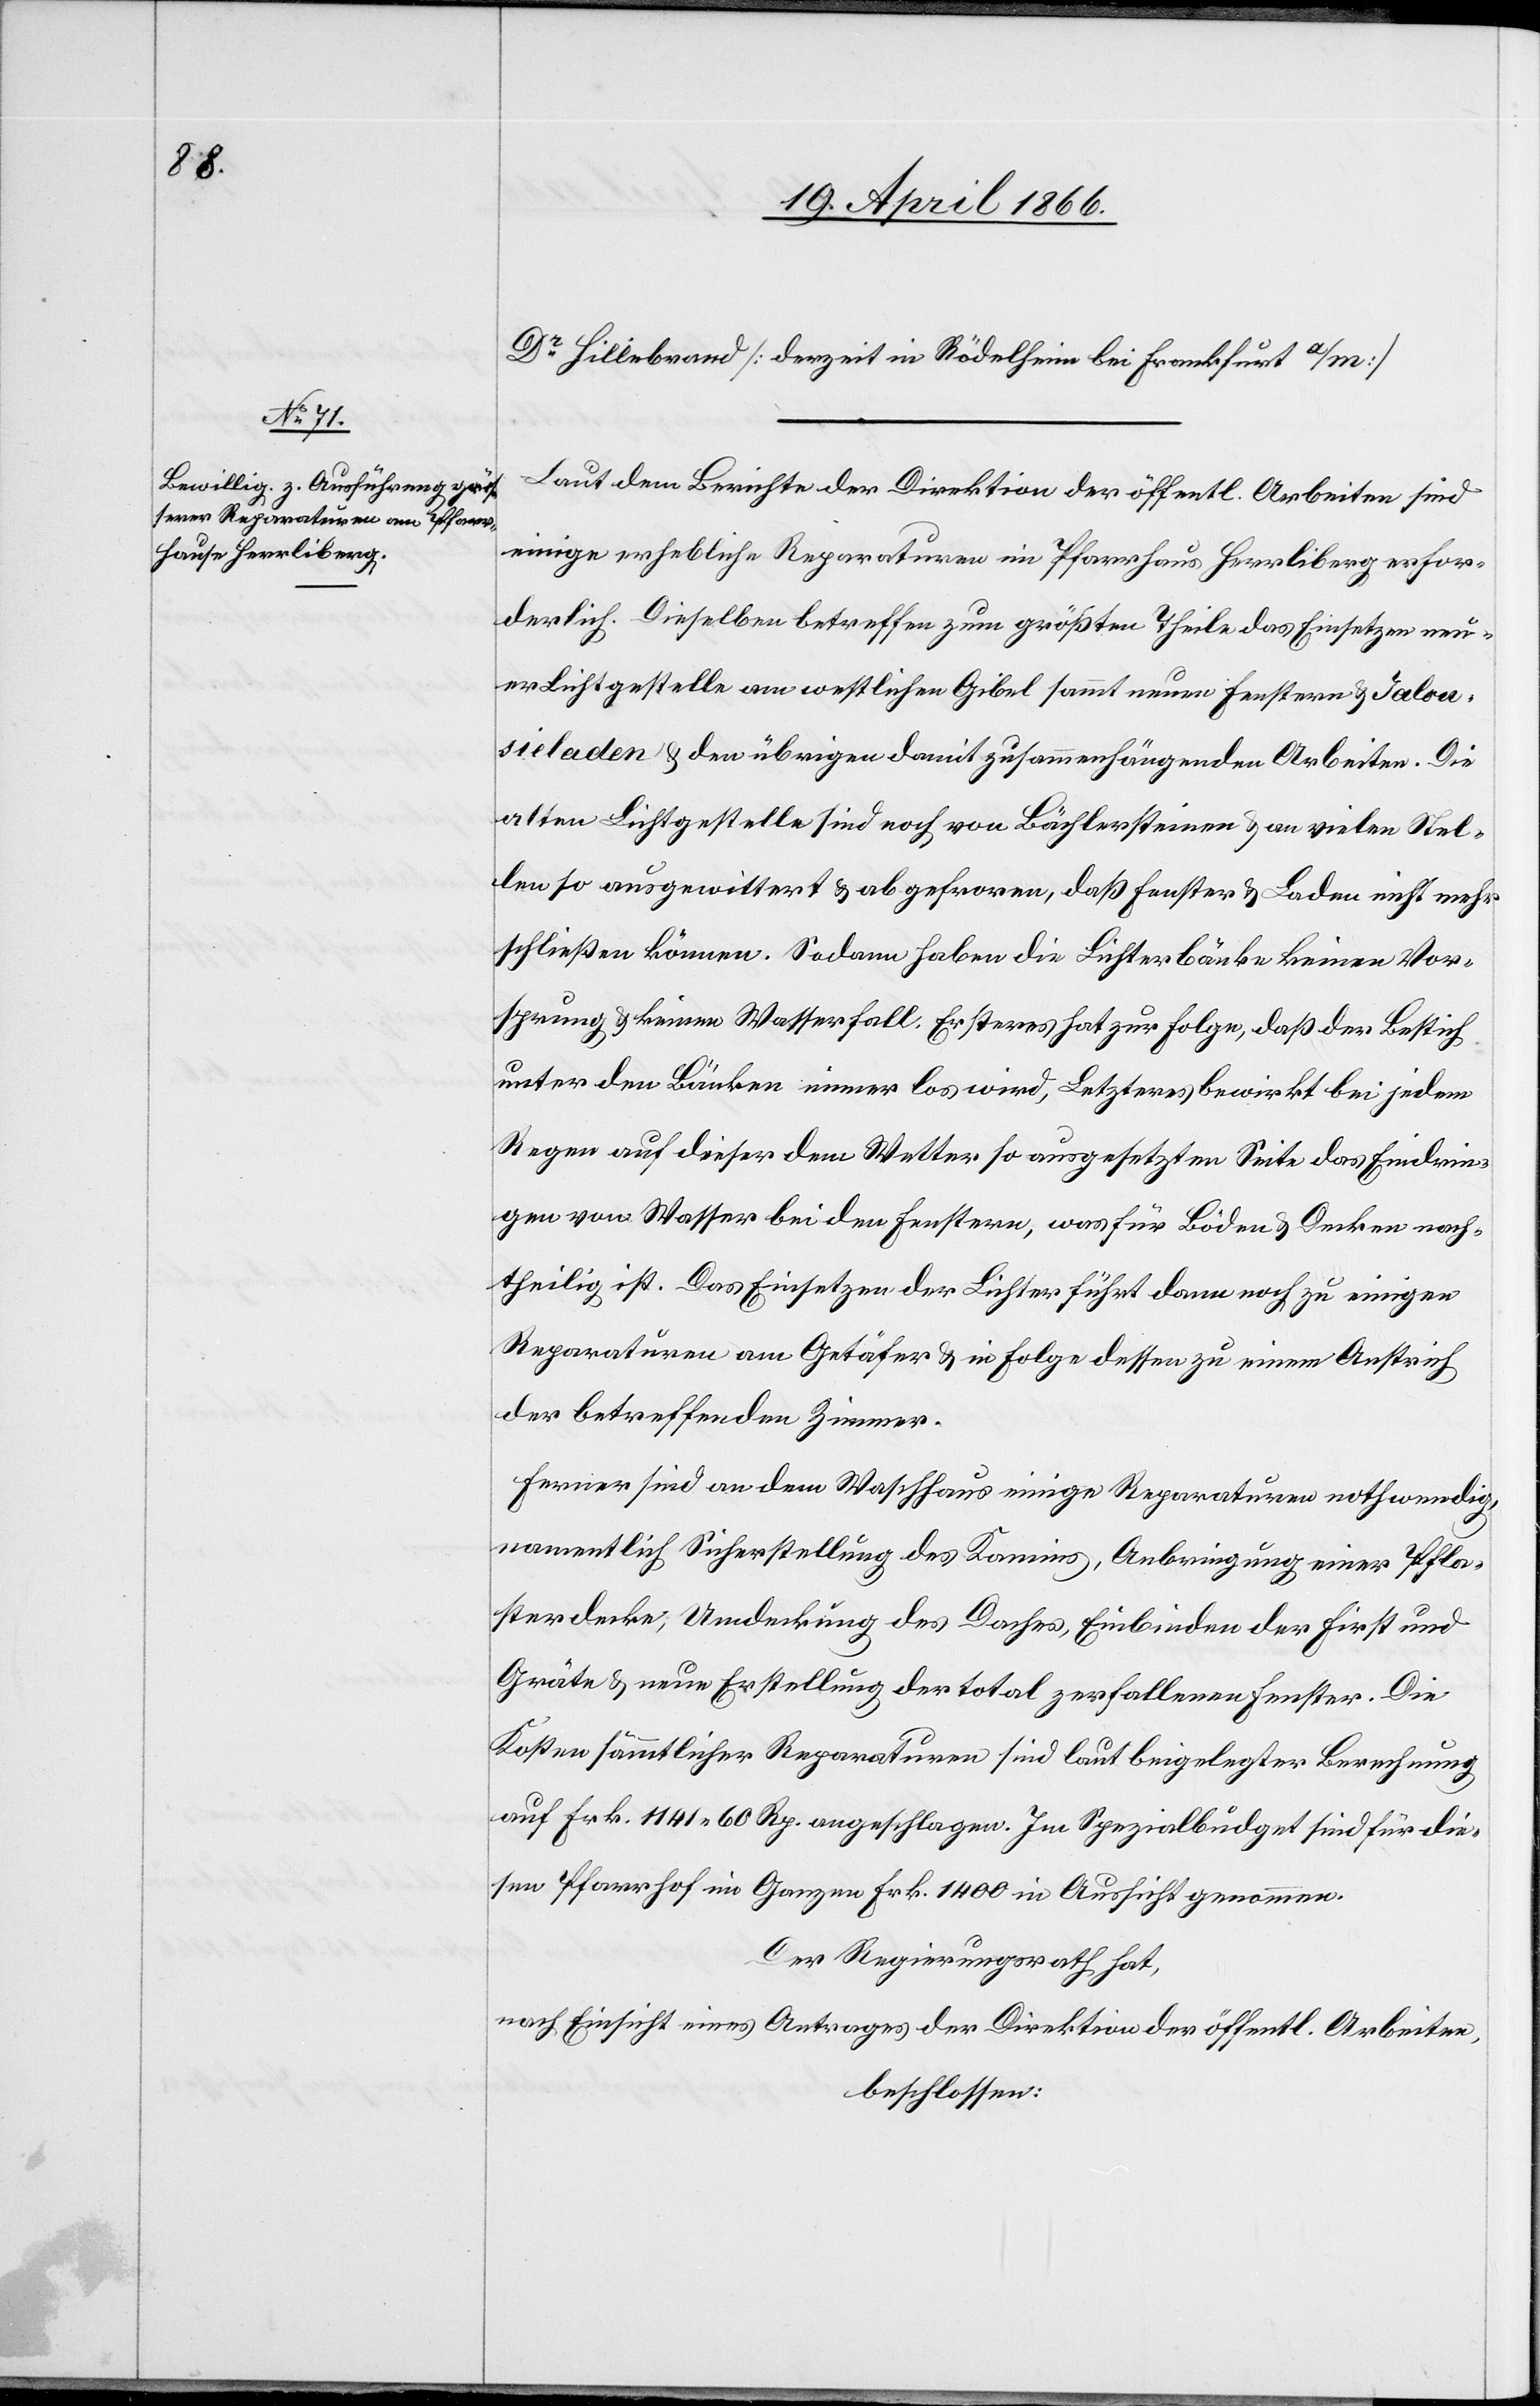
Dr. Hillebrand [derzeit in Rödelheim bei Frankfurt a/m].
Laut dem Berichte der Direktion der öffentl. Arbeiten sind
einige erhebliche Reparaturen im Pfarrhaus Herrliberg erfor¬
derlich. Dieselben betreffen zum größten Theile das Einsetzen neu¬
er Lichtgestelle am westlichen Gibel sammt neuen Fenstern u. Jalou¬
sieladen u. den übrigen damit zusammenhängenden Arbeiten. Die
alten Lichtgestelle sind noch von Bächlersteinen u. an vielen Stel¬
len so ausgewittert u. abgefroren, daß Fenster u. Laden nicht mehr
schließen können. Sodann haben die Lichterbänke keinen Vor¬
sprung u. keinen Wasserfall. Ersteres hat zur Folge, daß der Bestich
unter den Bänken immer los wird, Letzteres bewirkt bei jedem
Regen auf dieser dem Wetter ausgesetzten Seite das Eindrin¬
gen von Wasser bei den Fenstern, was für Böden u Decken nach¬
theilig ist. Das Einsetzen der Lichter führt dann noch zu einigen
Reparaturen am Getäfer u. in Folge dessen zu einem Anstrich
der betreffenden Zimmer.
Ferner sind an dem Waschhaus einige Reparaturen nothwendig,
namentlich Sicherstellung des Kamins, Anbringung einer Pfla¬
sterdecke, Umdeckung des Daches, Einbinden der First und
Gräte u. neue Erstellung der total zerfallenen Fenster. Die
Kosten sämmtlicher Reparaturen sind laut beigelegter Berechnung
auf Frk. 1141.60 Rp. angeschlagen. Im Spezialbudget sind für die¬
sen Pfarrhof im Ganzen Frk. 1400 in Aussicht genommen.
Der Regierungsrath hat,
nach Einsicht eines Antrages der Direktion der öffentl. Arbeiten,
beschlossen: